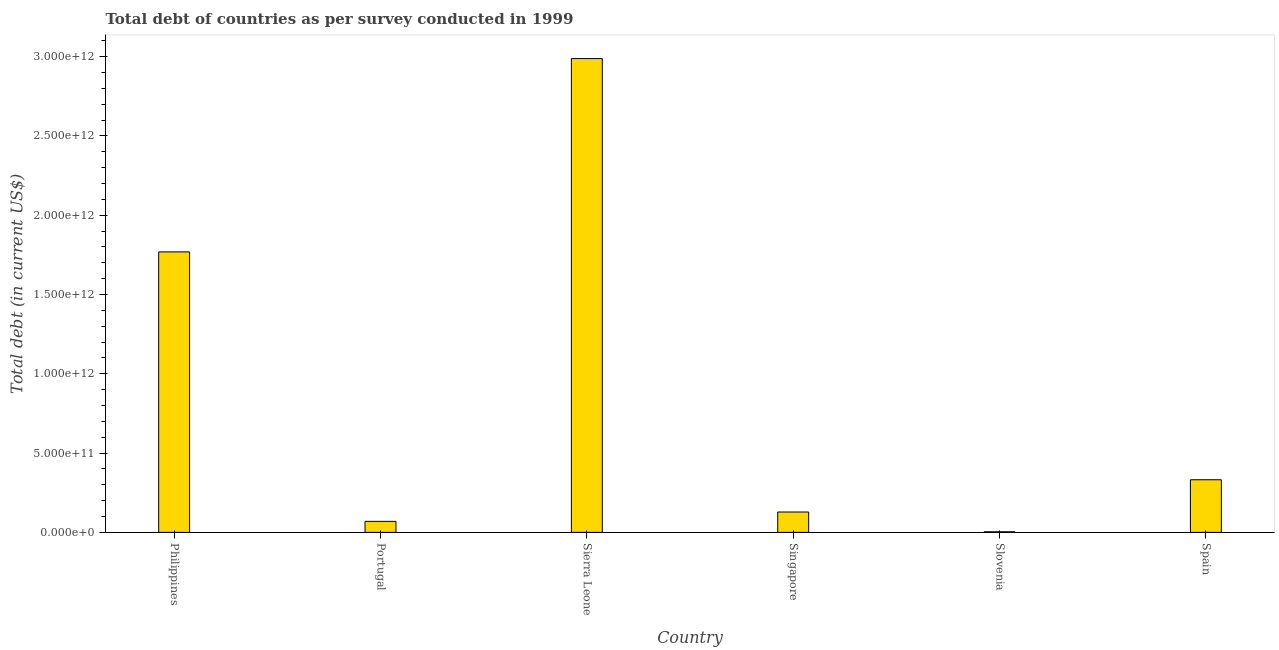
| Country | Central government debt |
 | --- | --- |
 | Philippines | 1.77e+12 |
 | Portugal | 6.95e+10 |
 | Sierra Leone | 2.99e+12 |
 | Singapore | 1.28e+11 |
 | Slovenia | 3.73e+09 |
 | Spain | 3.32e+11 |